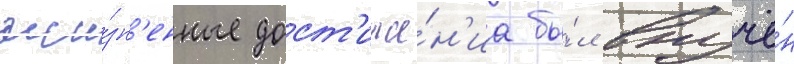
жи́зн'енные дост'иже́н'иа бы́л вручё́н